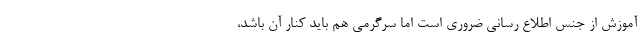
آموزش از جنس اطلاع رسانی ضروری است اما سرگرمی هم باید کنار آن باشد،